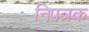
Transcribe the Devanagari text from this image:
निपत्रक